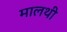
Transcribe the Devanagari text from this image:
मालथी